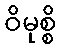
ဝိမုစ္စိ